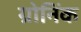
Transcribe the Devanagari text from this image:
ग्रोनिंक